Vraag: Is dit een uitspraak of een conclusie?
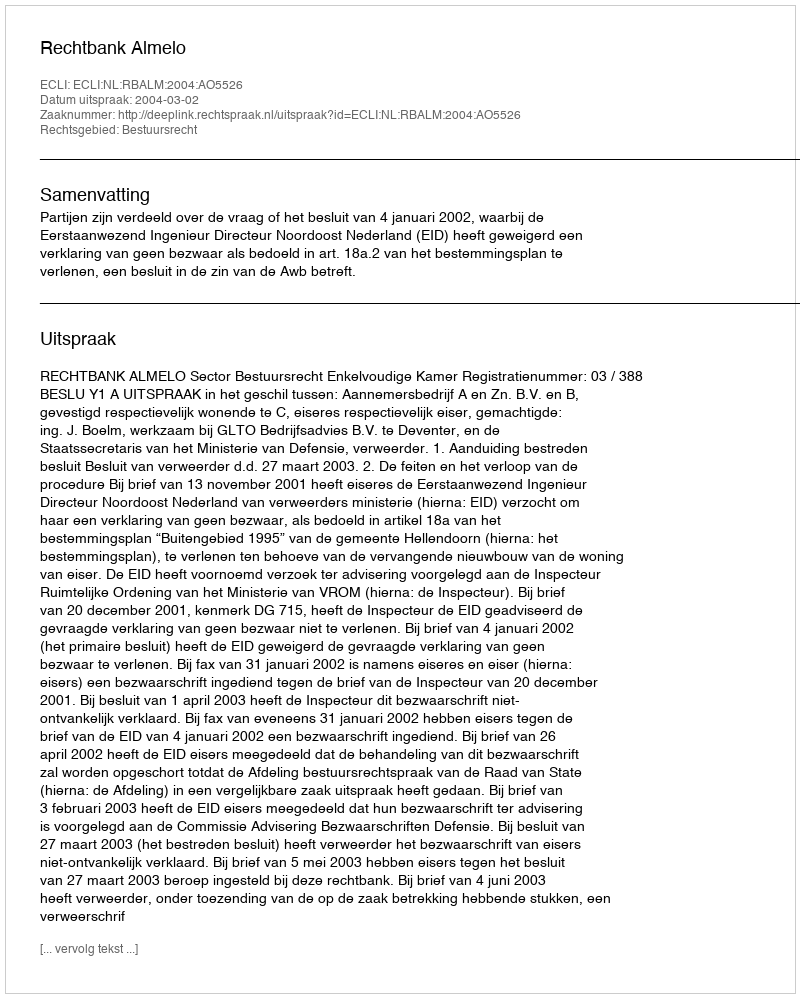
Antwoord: Uitspraak